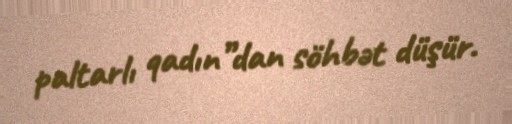
paltarlı qadın”dan söhbət düşür.